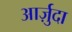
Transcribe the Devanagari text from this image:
आर्ज़ुदा